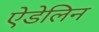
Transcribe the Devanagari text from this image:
ऐडेलिन